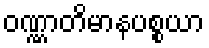
ဝဏ္ဏာတိမာနပစ္စယာ